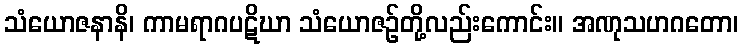
သံယောဇနာနိ၊ ကာမရာဂပဋိဃာ သံယောဇဉ်တို့လည်းကောင်း။ အဏုသဟဂတော၊